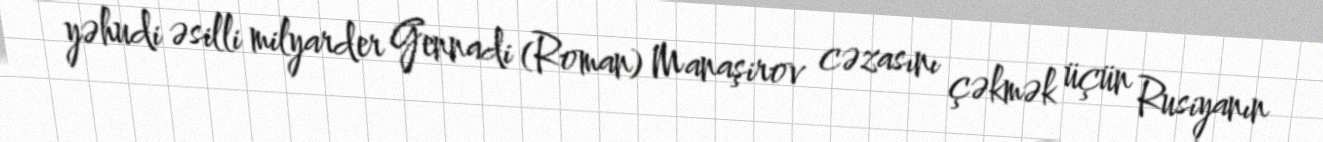
yəhudi əsilli milyarder Gennadi (Roman) Manaşirov cəzasını çəkmək üçün Rusiyanın